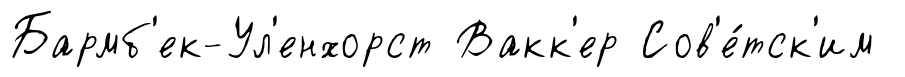
Бармб'ек-Ул'енхорст Вакк'ер Сов'е́тск'им